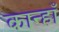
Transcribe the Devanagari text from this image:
कान्हाँ